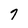
Character: 7